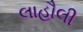
લાહૌલી